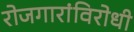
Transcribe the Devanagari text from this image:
रोजगारांविरोधी